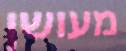
מעושן